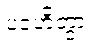
ပဒဟိတွာ